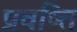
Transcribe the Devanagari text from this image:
प्रवष्त्ति